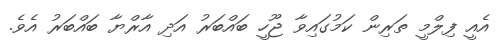
އެއީ ފިލްމީ ތަރިން ކަމުގައިވާ ޖޫހީ ބައްބަރު އަދި އާރްޔާ ބައްބަރު އެވެ.